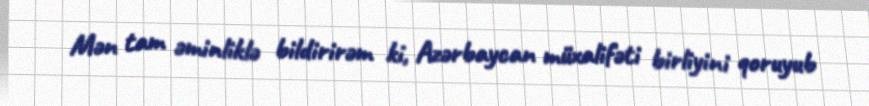
Mən tam əminliklə bildirirəm ki, Azərbaycan müxalifəti birliyini qoruyub